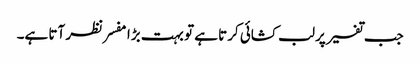
جب تفسیر پر لب کشائی کرتا ہے تو بہت بڑا مفسر نظر آتا ہے۔